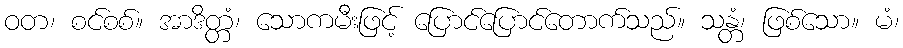
ဝတ၊ စင်စစ်။ အာဒိတ္တံ၊ သောကမီးဖြင့် ပြောင်ပြောင်တောက်သည်။ သန္တံ၊ ဖြစ်သော။ မံ၊